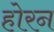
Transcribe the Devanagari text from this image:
होरन